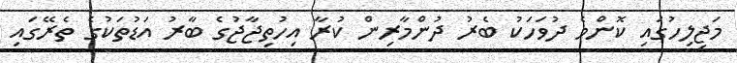
މަޖިލިހުގައި ކޮންމެ ދުވަހަކު ބެރު ދުންމާރިން ކުރާ އިހުތިޖާޖުގެ ބާރު އަޑުތަކުގެ ތެރޭގައި